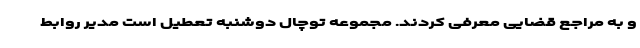
و به مراجع قضایی معرفی کردند. مجموعه توچال دوشنبه تعطیل است مدیر روابط